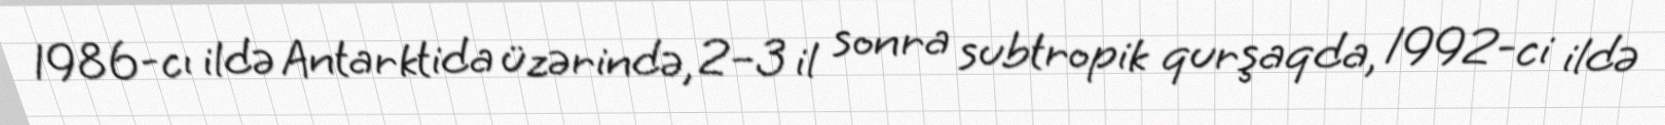
1986-cı ildə Antarktida üzərində, 2–3 il sonra subtropik qurşaqda, 1992-ci ildə